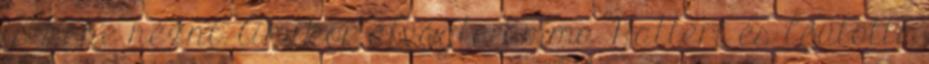
is kéne nézni. Amikor átvágta Emma Hattert és leütötte